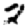
Digit: 2